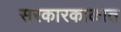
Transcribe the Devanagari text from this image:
सरकारकाळात